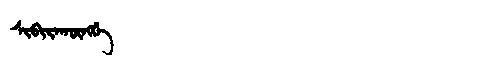
Manchu: ᠰᡳᠪᡳᡵᠠᡴᡡᠩᡤᡝ
Romanization: SIBIRAKŪNGGE